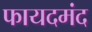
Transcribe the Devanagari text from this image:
फायदमंद